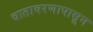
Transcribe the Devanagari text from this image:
वातावरणापासून